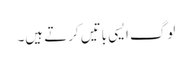
لوگ ایسی باتیں کرتے ہیں۔